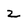
Character: z